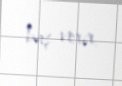
baş verir.